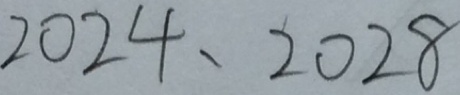
2 0 2 4 、 2 0 2 8